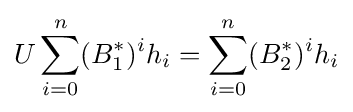
U\sum _{i=0}^{n}(B_{1}^{*})^{i}h_{i}=\sum _{i=0}^{n}(B_{2}^{*})^{i}h_{i}